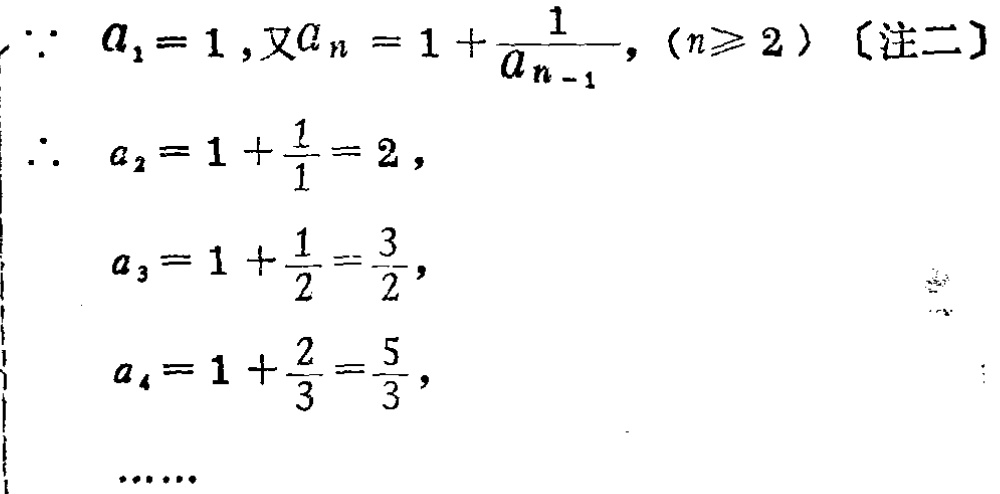
\[

\begin{align*}

&\because a_1 = 1, \text{ 又 }a_n=1+\frac{1}{a_{n - 1}}, (n\geqslant2) \text{〔注二〕}\\

&\therefore a_2 = 1+\frac{1}{1}=2,\\

&a_3 = 1+\frac{1}{2}=\frac{3}{2},\\

&a_4 = 1+\frac{2}{3}=\frac{5}{3},\\

&\cdots\cdots

\end{align*}

\]